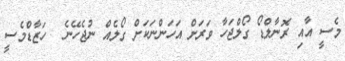
މެސީ އާއި ރޮނާލްޑޯ ގޯލްޖަހާ ވަރަށް އަހަންނަކަށް ގޯލެއް ނުޖެހޭނެ  ހަޒާޑްމެސީ